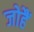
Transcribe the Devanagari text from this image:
जोहैं